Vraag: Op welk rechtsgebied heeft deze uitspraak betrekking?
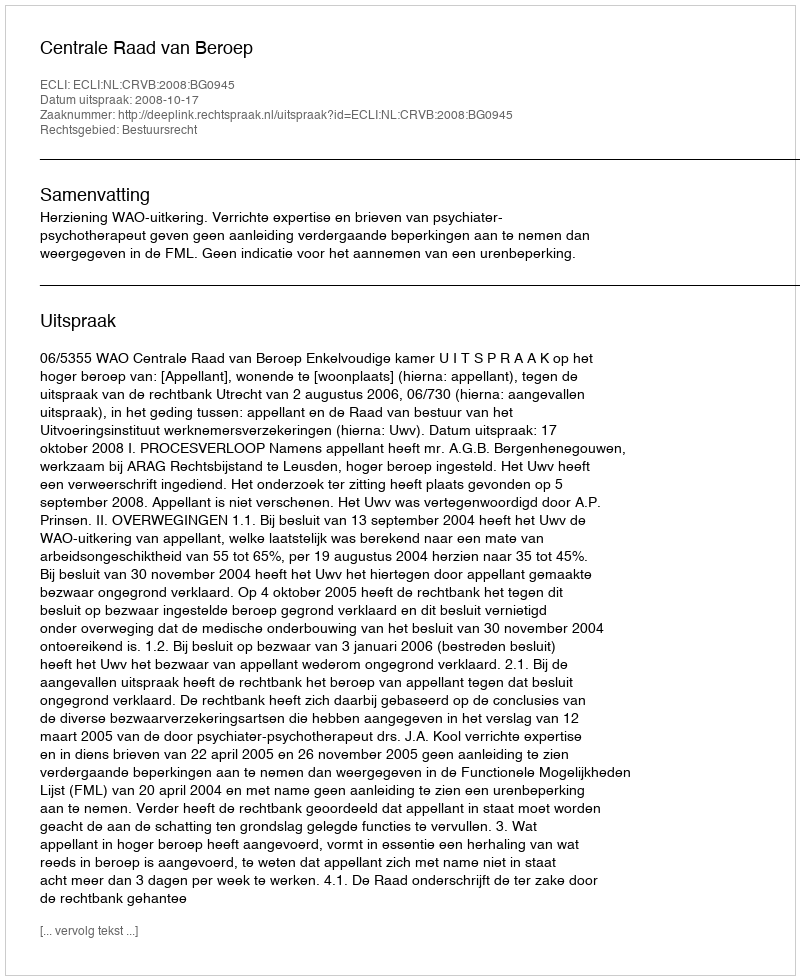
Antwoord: Bestuursrecht